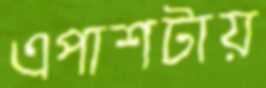
এপাশটায়